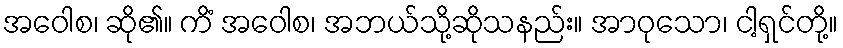
အဝေါစ၊ ဆို၏။ ကိံ အဝေါစ၊ အဘယ်သို့ဆိုသနည်း။ အာဝုသော၊ ငါ့ရှင်တို့။